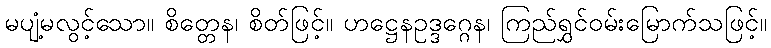
မပျံ့မလွင့်သော။ စိတ္တေန၊ စိတ်ဖြင့်။ ဟဋ္ဌေနဥဒ္ဒဂ္ဂေန၊ ကြည်ရွှင်ဝမ်းမြောက်သဖြင့်။